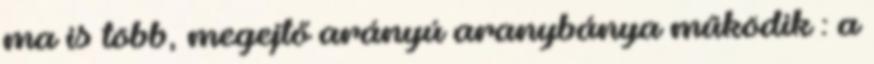
ma is több, megejtő arányú aranybánya működik : a